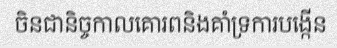
ចិនជានិច្ចកាលគោរពនិងគាំទ្រការបង្កើន